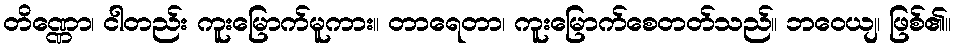
တိဏ္ဏော၊ ငါတည်း ကူးမြောက်မူကား။ တာရေတာ၊ ကူးမြောက်စေတတ်သည်။ ဘဝေယျ၊ ဖြစ်၏။